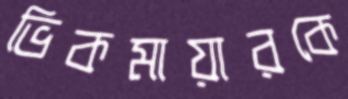
ভিকমায়ারকে